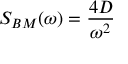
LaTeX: S _ { B M } ( \omega ) = { \frac { 4 D } { \omega ^ { 2 } } }